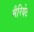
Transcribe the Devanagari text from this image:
मैरियेट